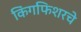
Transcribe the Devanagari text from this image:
किंगफिशरचे